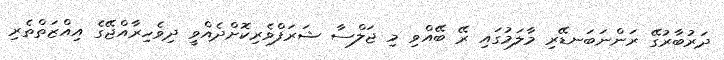
ދަރުބާރުގޭ ރަންނަބަނޑޭރި މާލަމުގައި ރޭ ބޭއްވި މި ޖަލްސާ ޝަރަފްވެރިކޮށްދެއްވީ ދިވެހިރާއްޖޭގެ އިއްޒަތްތެރި